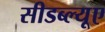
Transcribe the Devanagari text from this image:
सीडब्ल्यूए